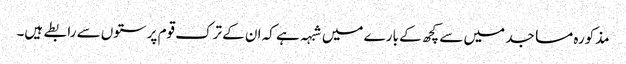
مذکورہ مساجد میں سے کچھ کے بارے میں شبہہ ہے کہ ان کے ترک قوم پرستوں سے رابطے ہیں۔